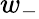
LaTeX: w_{-}